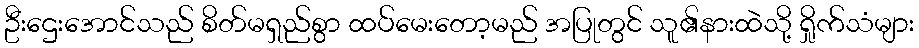
ဦးဌေးအောင်သည် စိတ်မရှည်စွာ ထပ်မေးတော့မည် အပြုတွင် သူ၏နားထဲသို့ ရှိုက်သံများ